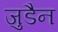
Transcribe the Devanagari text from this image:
जुडैन